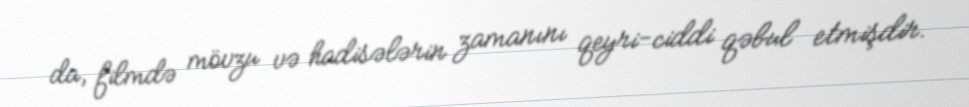
da, filmdə mövzu və hadisələrin zamanını qeyri-ciddi qəbul etmişdir.